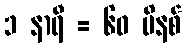
၁ နာရီ = ၆၀ မိနစ်